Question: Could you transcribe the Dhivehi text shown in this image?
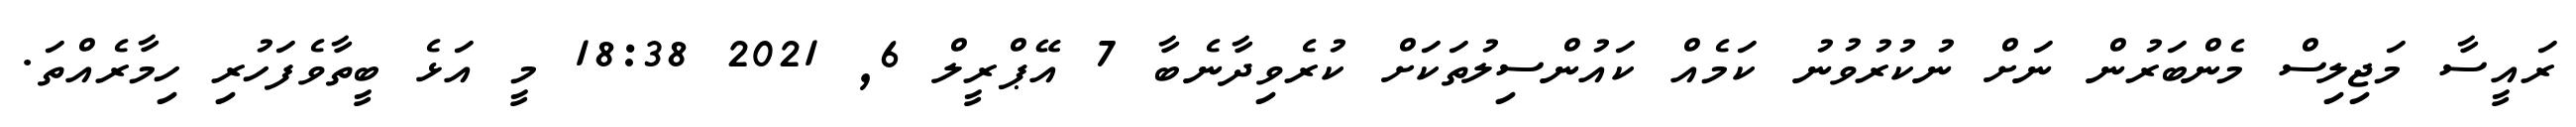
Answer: ރައީސާ މަޖިލިސް މެންބަރުން ނަށް ނުކުރުވުނު ކަމެއް ކައުންސިލުތަކަށް ކުރެވިދާނެބާ 7 އޭޕްރީލް 6, 2021 18:38 މީ އަޅެ ބީތާވެފަހުރި ހިމާރެއްތަ.